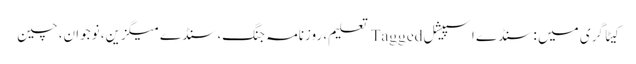
کیٹاگری میں : سنڈے اسپیشل Tagged تعلیم، روزنامہ جنگ، سنڈے میگزین، نوجوان، چین